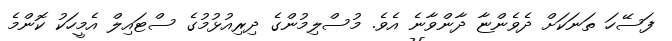
ފަސޭހަ ތަނަކަށް ދެވެންޏާ ދާންވާނެ އެވެ. މުސްލިމުންގެ ދިރިއުޅުމުގެ ސްޓައިލް އެމީހަކު ކޮންމެ